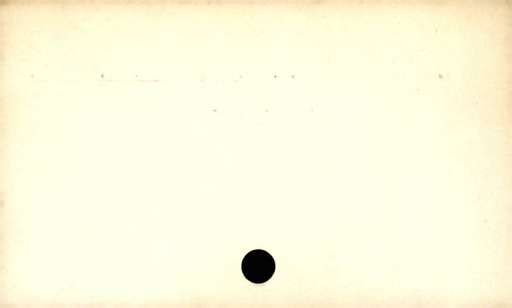
Label: blank